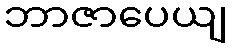
ဘာဇာပေယျ